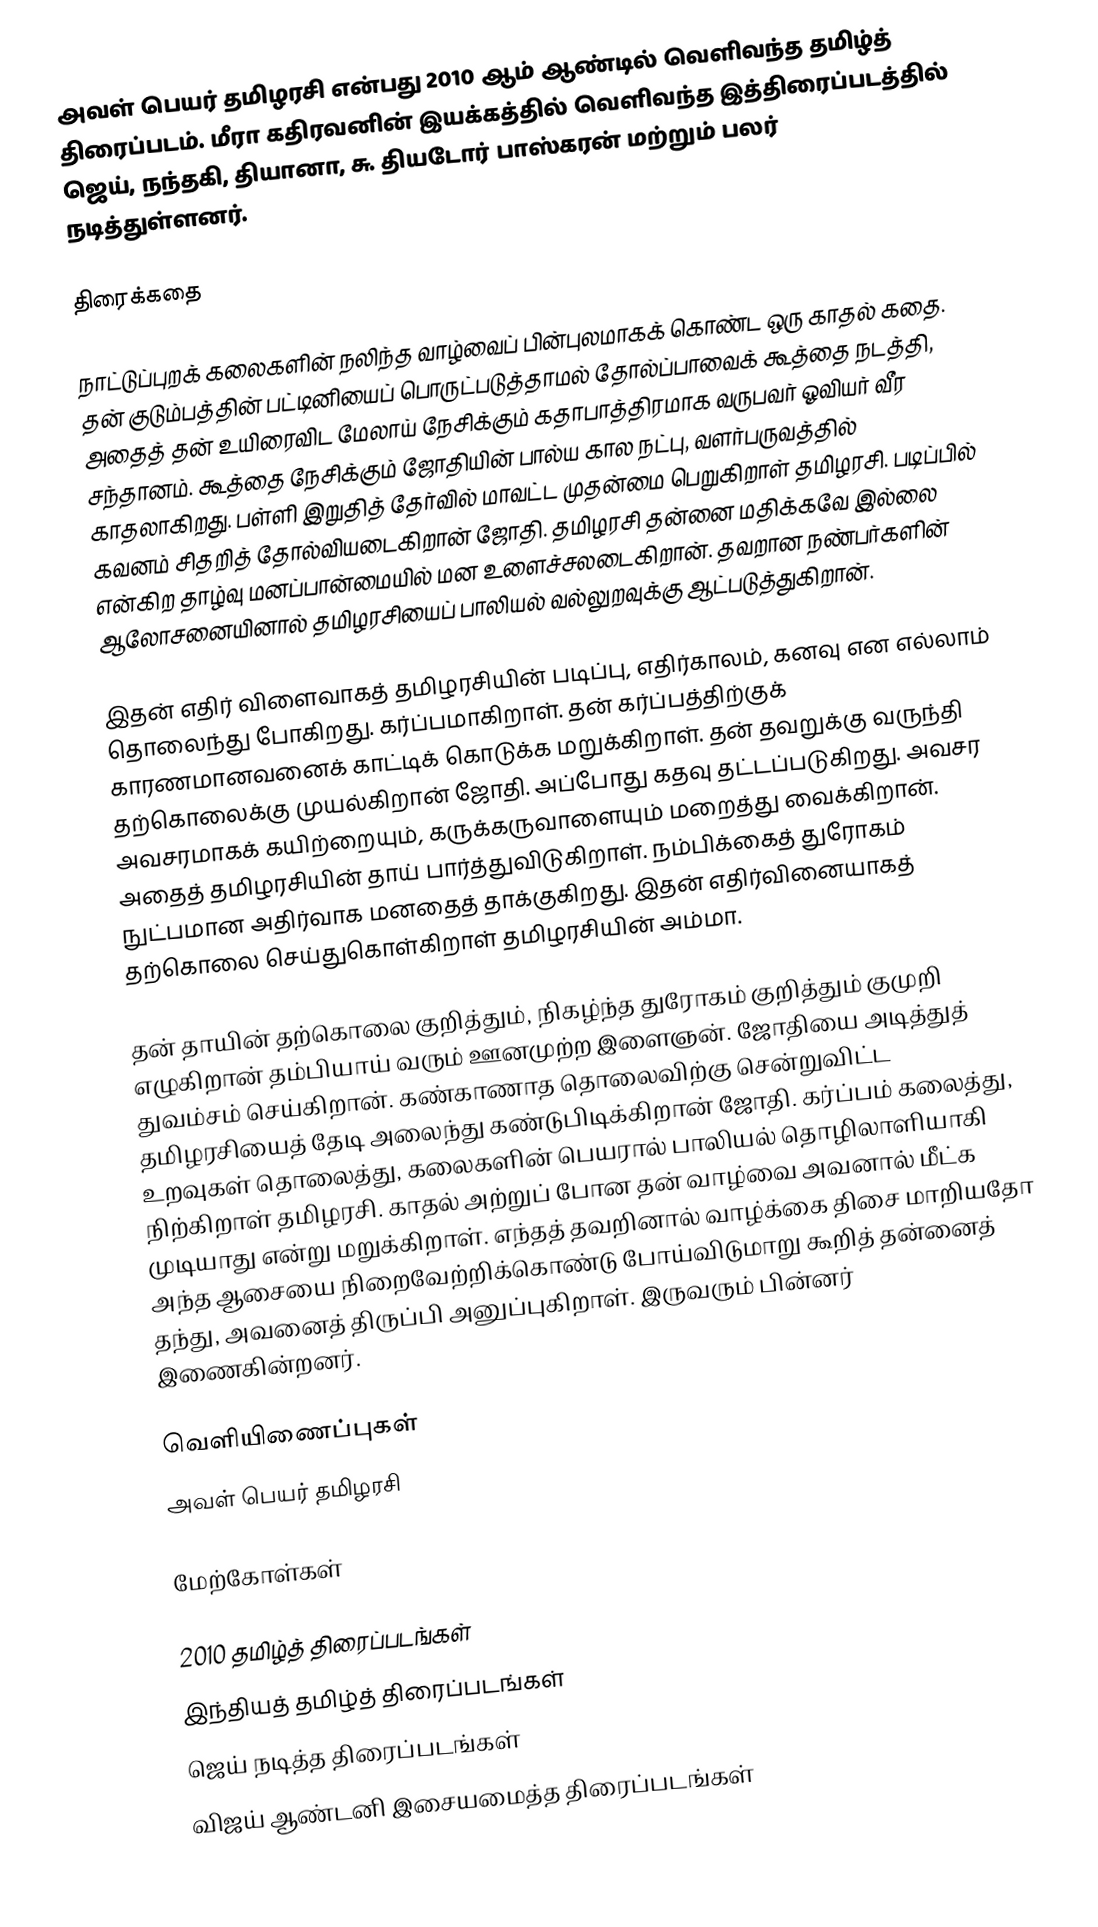
அவள் பெயர் தமிழரசி என்பது 2010 ஆம் ஆண்டில் வெளிவந்த தமிழ்த் திரைப்படம். மீரா கதிரவனின் இயக்கத்தில் வெளிவந்த இத்திரைப்படத்தில் ஜெய், நந்தகி, தியானா, சு. தியடோர் பாஸ்கரன் மற்றும் பலர் நடித்துள்ளனர்.

திரைக்கதை

நாட்டுப்புறக் கலைகளின் நலிந்த வாழ்வைப் பின்புலமாகக் கொண்ட ஒரு காதல் கதை. தன் குடும்பத்தின் பட்டினியைப் பொருட்படுத்தாமல் தோல்ப்பாவைக் கூத்தை நடத்தி, அதைத் தன் உயிரைவிட மேலாய் நேசிக்கும் கதாபாத்திரமாக வருபவர் ஓவியர் வீர சந்தானம். கூத்தை நேசிக்கும் ஜோதியின் பால்ய கால நட்பு, வளர்பருவத்தில் காதலாகிறது. பள்ளி இறுதித் தேர்வில் மாவட்ட முதன்மை பெறுகிறாள் தமிழரசி. படிப்பில் கவனம் சிதறித் தோல்வியடைகிறான் ஜோதி. தமிழரசி தன்னை மதிக்கவே இல்லை என்கிற தாழ்வு மனப்பான்மையில் மன உளைச்சலடைகிறான். தவறான நண்பர்களின் ஆலோசனையினால் தமிழரசியைப் பாலியல் வல்லுறவுக்கு ஆட்படுத்துகிறான்.

இதன் எதிர் விளைவாகத் தமிழரசியின் படிப்பு, எதிர்காலம், கனவு என எல்லாம் தொலைந்து போகிறது. கர்ப்பமாகிறாள். தன் கர்ப்பத்திற்குக் காரணமானவனைக் காட்டிக் கொடுக்க மறுக்கிறாள். தன் தவறுக்கு வருந்தி தற்கொலைக்கு முயல்கிறான் ஜோதி. அப்போது கதவு தட்டப்படுகிறது. அவசர அவசரமாகக் கயிற்றையும், கருக்கருவாளையும் மறைத்து வைக்கிறான். அதைத் தமிழரசியின் தாய் பார்த்துவிடுகிறாள். நம்பிக்கைத் துரோகம் நுட்பமான அதிர்வாக மனதைத் தாக்குகிறது. இதன் எதிர்வினையாகத் தற்கொலை செய்துகொள்கிறாள் தமிழரசியின் அம்மா.

தன் தாயின் தற்கொலை குறித்தும், நிகழ்ந்த துரோகம் குறித்தும் குமுறி எழுகிறான் தம்பியாய் வரும் ஊனமுற்ற இளைஞன். ஜோதியை அடித்துத் துவம்சம் செய்கிறான். கண்காணாத தொலைவிற்கு சென்றுவிட்ட தமிழரசியைத் தேடி அலைந்து கண்டுபிடிக்கிறான் ஜோதி. கர்ப்பம் கலைத்து, உறவுகள் தொலைத்து, கலைகளின் பெயரால் பாலியல் தொழிலாளியாகி நிற்கிறாள் தமிழரசி. காதல் அற்றுப் போன தன் வாழ்வை அவனால் மீட்க முடியாது என்று மறுக்கிறாள். எந்தத் தவறினால் வாழ்க்கை திசை மாறியதோ அந்த ஆசையை நிறைவேற்றிக்கொண்டு போய்விடுமாறு கூறித் தன்னைத் தந்து, அவனைத் திருப்பி அனுப்புகிறாள். இருவரும் பின்னர் இணைகின்றனர்.

வெளியிணைப்புகள்
அவள் பெயர் தமிழரசி

மேற்கோள்கள்

2010 தமிழ்த் திரைப்படங்கள்
இந்தியத் தமிழ்த் திரைப்படங்கள்
ஜெய் நடித்த திரைப்படங்கள்
விஜய் ஆண்டனி இசையமைத்த திரைப்படங்கள்